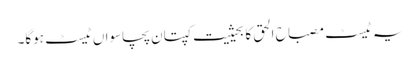
یہ ٹیسٹ مصباح الحق کا بحیثیت کپتان پچاسواں ٹیسٹ ہوگا۔